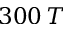
3 0 0 \, T